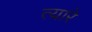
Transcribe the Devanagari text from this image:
त्यारे